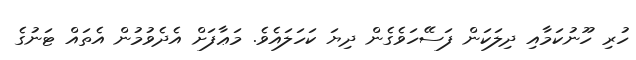
ހުރި ހޫނުކަމާއި ދިލަކަން ފަސޭހަވެގެން ދިޔަ ކަހަލައެވެ. މަޢާފަށް އެދެވުމުން އެތައް ޓަނުގެ